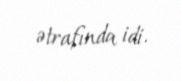
ətrafında idi.